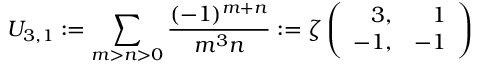
U _ { 3 , 1 } : = \sum _ { m > n > 0 } \frac { ( - 1 ) ^ { m + n } } { m ^ { 3 } n } : = \zeta \left( \begin{array} { r r } { { 3 , } } & { { 1 } } \\ { { - 1 , } } & { { - 1 } } \end{array} \right)